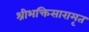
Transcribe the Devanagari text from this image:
श्रीभक्तिसारामृत